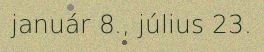
január 8., július 23.